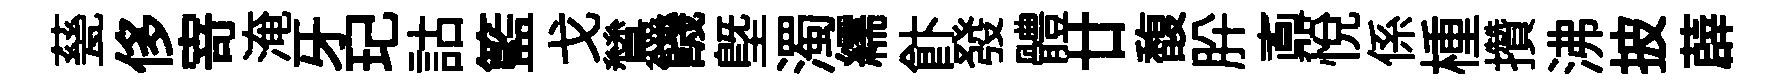
甆侈𭔃淹牙玘詁籃戈鷥饑塈濁繻飰發體廿馥肸鼒悅係㮔攢沸披薜